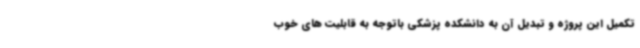
تکمیل این پروژه و تبدیل آن به دانشکده پزشکی باتوجه به قابلیت های خوب